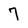
Character: 7